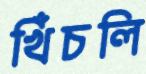
খিঁচলি